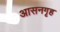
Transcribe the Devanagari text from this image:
आसनगृह